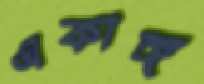
একাঙ্গ